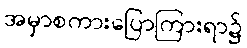
အမှာစကားပြောကြားရာ၌